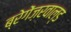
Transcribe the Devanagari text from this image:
ब्रेगेंज़रवाल्ड